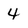
Character: 4